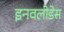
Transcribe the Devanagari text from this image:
इनवलीडेस